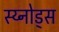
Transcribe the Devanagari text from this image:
स्य्नोड्स